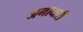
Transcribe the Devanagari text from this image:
जगाधारी